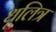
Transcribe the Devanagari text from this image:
धूलित्र